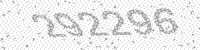
Solution: 292296